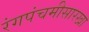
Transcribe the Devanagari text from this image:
रंगपंचमीसारखा